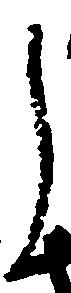
し